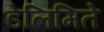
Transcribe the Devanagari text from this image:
डेलिमिते